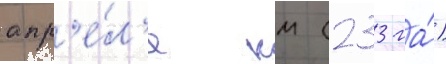
апр'е́л'е км (233 га́)